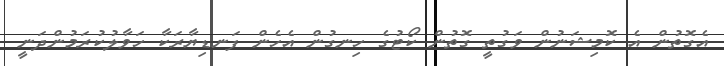
އެގޮތުން އެ ކޮމިޝަނުން ވަގުތީ ގޮތުން ކޯޓުގެ ހިނގުން އެހެން ފަނޑިޔާރަކާ ހަވާލުކުރަމުންދަނީ